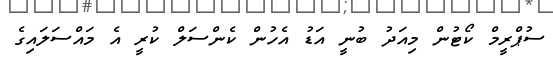
ސުޕްރީމް ކޯޓުން މިއަދު ބުނީ އަޑު އެހުން ކެންސަލް ކުރީ އެ މައްސަލައިގެ